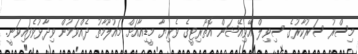
މިސްރު ސަރުކާރުގެ ސިވިލް އޭވިއޭޝަން އޮތޯރިޓީގެ ވެރިޔާ މީޑިއާއަށް މައުލޫމާތު ދެއްވަމުން ވިދާޅުވެފައިވަނީ.